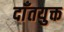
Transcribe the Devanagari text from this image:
दाँतयुक्त